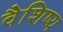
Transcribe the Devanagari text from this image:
वैशिष्य